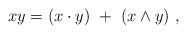
LaTeX: \begin{align*}xy = (x\cdot y) \ + \ (x\wedge y)\ ,\end{align*}